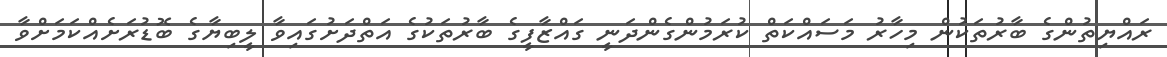
ރައްޔިތުންގެ ބާރުތަކުން މިހާރު މަސައްކަތް ކުރަމުންގެންދަނީ ގައްޒާފީގެ ބާރުތަކުގެ އަތްދަށުގައިވާ ލީބިޔާގެ ބޮޑުރަށެއްކަމަށްވާ